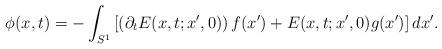
LaTeX: \begin{align*}\phi(x,t) = -\int_{S^1} \left[ \left( \partial_t E(x,t;x',0)\right) f(x')+ E(x,t;x',0) g(x') \right]dx'.\end{align*}